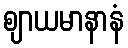
ဈာယမာနာနံ